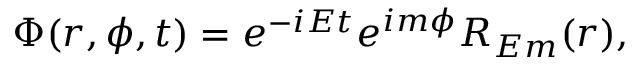
\Phi ( r , \phi , t ) = e ^ { - i E t } e ^ { i m \phi } R _ { E m } ( r ) ,